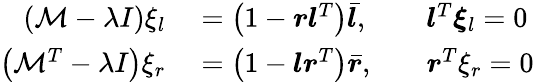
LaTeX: \begin{array}{rlrl}{(\mathcal{M}-\lambda I)\xi_{l}}&{{}=\left(1-\boldsymbol{r}\boldsymbol{l}^{T}\right)\bar{\boldsymbol{l}},}&{}&{{}\boldsymbol{l}^{T}\boldsymbol{\xi}_{l}=0}\\ {\left(\mathcal{M}^{T}-\lambda I\right)\xi_{r}}&{{}=\left(1-\boldsymbol{l}\boldsymbol{r}^{T}\right)\bar{\boldsymbol{r}},}&{}&{{}\boldsymbol{r}^{T}\xi_{r}=0}\end{array}